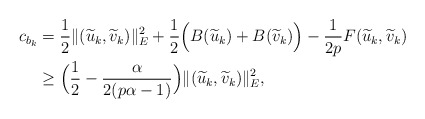
\begin{align*}c_{b_{k}}&=\frac{1}{2}\|(\widetilde{u}_{k},\widetilde{v}_{k})\|_{E}^{2}+\frac{1}{2}\Big(B(\widetilde{u}_{k})+B(\widetilde{v}_{k})\Big)-\frac{1}{2p}F(\widetilde{u}_{k},\widetilde{v}_{k})\\&\geq\Big(\frac{1}{2}-\frac{\alpha}{2(p\alpha-1)}\Big)\|(\widetilde{u}_{k},\widetilde{v}_{k})\|_{E}^{2},\end{align*}